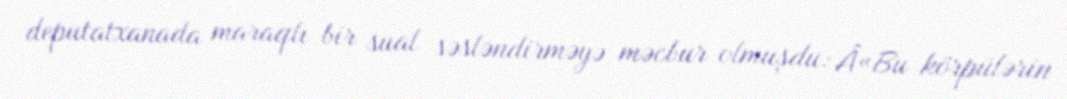
deputatxanada maraqlı bir sual səsləndirməyə məcbur olmuşdu: Â«Bu körpülərin